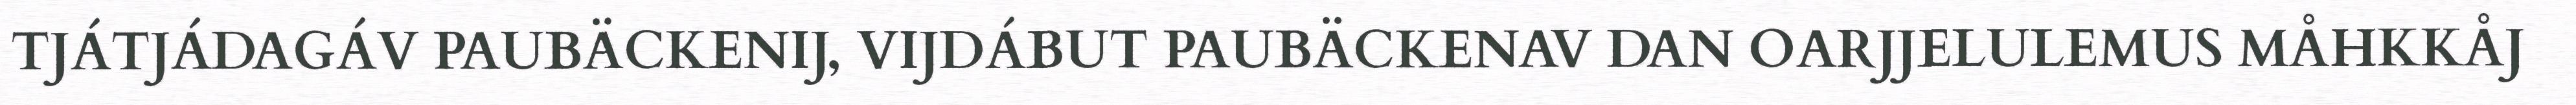
TJÁTJÁDAGÁV PAUBÄCKENIJ, VIJDÁBUT PAUBÄCKENAV DAN OARJJELULEMUS MÅHKKÅJ